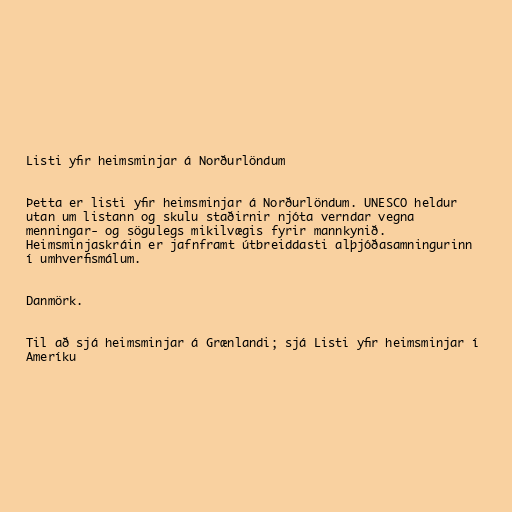
Listi yfir heimsminjar á Norðurlöndum

Þetta er listi yfir heimsminjar á Norðurlöndum. UNESCO heldur
utan um listann og skulu staðirnir njóta verndar vegna
menningar- og sögulegs mikilvægis fyrir mannkynið.
Heimsminjaskráin er jafnframt útbreiddasti alþjóðasamningurinn
í umhverfismálum.

Danmörk.

Til að sjá heimsminjar á Grænlandi; sjá Listi yfir heimsminjar í
Ameríku